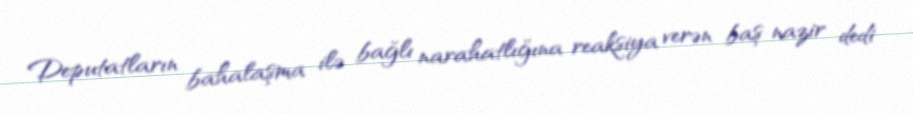
Deputatların bahalaşma ilə bağlı narahatlığına reaksiya verən baş nazir dedi